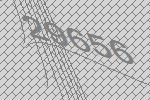
29656